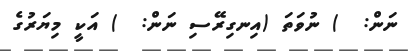
ނަން:  ) ނުވަތަ (އިނގިރޭސި ނަން:  ) އަކީ މިޔަރުގެ